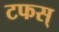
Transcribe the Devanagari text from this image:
टफस्